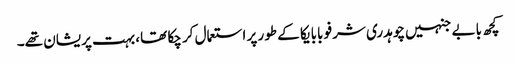
کچھ بابے جنہیں چوہدری شرفو بابا یکا کے طور پر استعمال کر چکا تھا، بہت پریشان تھے۔